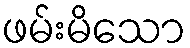
ဖမ်းမိသော